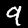
Label: 9